Lunatic asylums in Bengal annual reports 1912-1924 - 1912-1924
Year: 1912
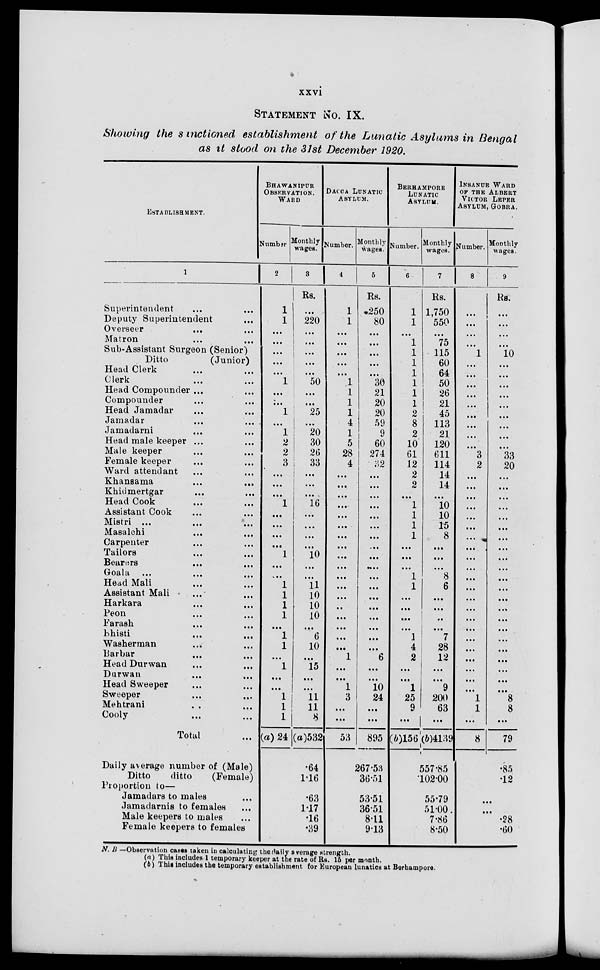
xxvi
STATEMNT No. IX.
Showing the sanctioned establishment of the Lunatic Asylums in Bengal
as it stood on the 31st December 1920.
ESTABLISHMENT.
1
Superintendent ... ...
Deputy Superintendent ...
Overseer ...
...
Matron ... ...
Sub-Assistant Surgeon (Senior)
Ditto
(Junior)
Head Clerk ... ...
Clerk ... ...
Head Compounder ... ...
Compounder ... ...
Head Jamadar ... ...
Jamadar ... ...
Jamadarni ... ...
Head male keeper ... ...
Male keeper ... ...
Female keeper ... ...
Ward attendant ... ...
Khansama
...
...
Khidmertgar ... ...
Head Cook ... ...
Assistant Cook ...
Mistri ... ... ...
Masalchi ... ...
Carpenter ... ...
Tailors ... ...
Bearers ... ...
Goala ... ... ...
Head Mali ... ...
Assistant Mali ... ...
Harkara ... ...
Peon ... ...
Farash ... ...
Bhisti
...
...
Washerman ... ...
Barbar ... ...
Head Durwan ... ...
Durwan ... ...
Head Sweeper ... ...
Sweeper ... ...
Mehtrani ... ...
Cooly ... ...
Total ...
Daily average number of (Male)
Ditto
ditto
(Female)
Proportion to—
Jamadars to males ...
Jamadarnis to females ...
Male keepers to males ...
Female keepers to females
BHAWANIPUR
OBSERVATION.
WARD
Number.
2
1
1
...
...
...
...
...
1
...
...
1
...
1
2
2
3
...
...
...
1
...
...
...
...
1
...
...
1
1
1
1
...
1
1
...
1
...
...
1
1
1
(a) 24
Monthly
wages.
3
Rs.
...
220
...
...
...
...
...
50
...
...
25
...
20
30
26
33
...
...
...
16
...
...
...
...
10
...
...
11
10
10
10
...
6
10
...
15
...
...
11
11
8
(a)532
.64
1.16
.63
1.17
.16
.39
DACCA LUNATIC
ASYLUM.
Number.
4
1
1
...
...
...
...
...
1
1
1
1
4
1
5
28
4
...
...
...
...
...
...
...
...
...
...
...
...
...
..
...
...
...
...
1
...
...
1
3
...
...
53
Monthly
wages.
5
Rs.
250
80
...
...
...
...
...
30
21
20
20
59
9
60
274
32
...
...
...
...
...
...
...
...
...
....
...
...
...
...
...
...
...
...
6
...
...
10
24
...
...
895
267.53
36.51
53.51
36.51
8.11
9.13
BERHAMPORE
LUNATIC
ASYLUM.
Number.
6
1
1
...
1
1
1
1
1
1
1
2
8
2
10
61
12
2
2
...
1
1
1
1
...
...
...
1
1
...
...
...
...
1
4
2
...
...
1
25
9
...
(b)156
Monthly
wages.
7
Rs.
1,750
550
...
75
115
60
64
50
26
21
45
113
21
120
611
114
14
14
...
10
10
15
8
...
...
...
8
6
...
...
..
...
7
28
12
...
...
9
200
63
...
(b)4139
557.85
102.00
55.79
51.00
7.86
8.50
INSANUE WARD
OF THE ALBERT
VICTOR LEPER
ASYLUM, GOBRA.
Number.
8
...
...
...
...
1
...
...
...
...
...
...
...
...
...
3
2
...
...
...
...
...
...
...
...
...
...
...
...
...
...
...
...
...
...
...
...
...
...
1
1
...
8
Monthly
wages.
9
Rs.
...
...
...
...
10
...
...
...
...
...
...
...
...
...
33
20
...
...
...
...
...
...
...
...
...
...
...
...
...
...
...
...
...
...
...
...
...
...
8
8
...
79
.85
.12
...
...
.28
.60
N. B —Observation cases taken in calculating the daily average strength.
(a) This includes 1 temporary keeper at the rate of Rs. 15 per month.
(b) This includes the temporary establishment for European lunatics at Berhampore.